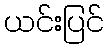
ယင်းပြင်